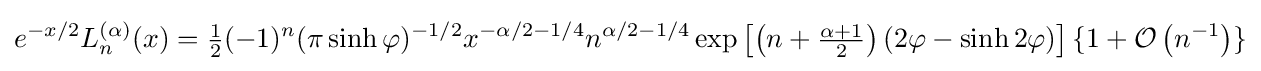
e^{-x/2}L_{n}^{(\alpha )}(x)={\tfrac {1}{2}}(-1)^{n}(\pi \sinh \varphi )^{-1/2}x^{-\alpha /2-1/4}n^{\alpha /2-1/4}\exp \left[\left(n+{\tfrac {\alpha +1}{2}}\right)(2\varphi -\sinh 2\varphi )\right]\{1+{\mathcal {O}}\left(n^{-1}\right)\}